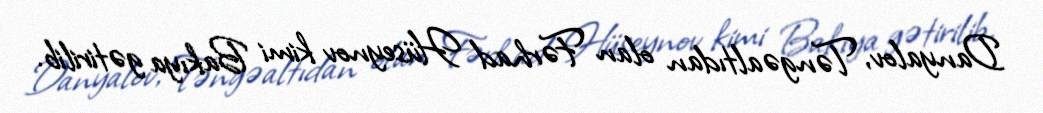
Danyalov, Təngəaltıdan olan Fərhad Hüseynov kimi Bakıya gətirilib.